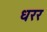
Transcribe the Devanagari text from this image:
धरर